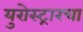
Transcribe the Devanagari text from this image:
युरोस्ट्रारचा